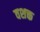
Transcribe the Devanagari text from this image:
वशक्त